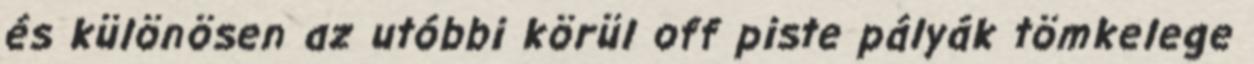
és különösen az utóbbi körül off piste pályák tömkelege